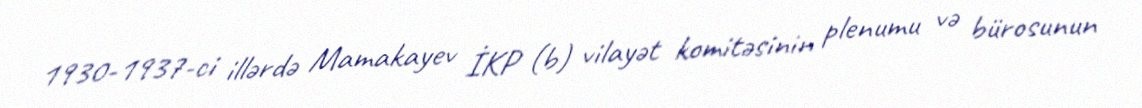
1930-1937-ci illərdə Mamakayev İKP (b) vilayət komitəsinin plenumu və bürosunun